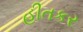
હીતકર